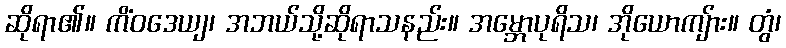
ဆိုရာ၏။ ကိံဝဒေယျ၊ အဘယ်သို့ဆိုရာသနည်း။ အမ္ဘောပုရိသ၊ အိုယောကျ်ား။ တွံ၊